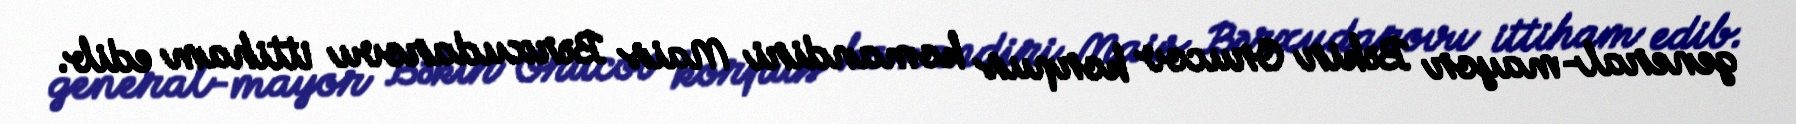
general-mayor Bəkir Orucov korpus komandiri Mais Bərxudarovu ittiham edib.